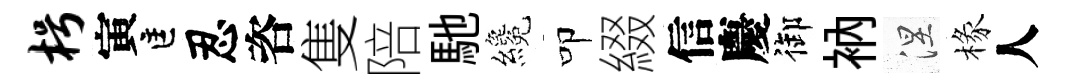
枵寅匡忍咨隻陪馳纔叩綴信慶御衲涅椽人